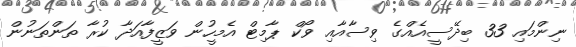
ނިންމައި 33 ބިދޭސީއެއްގެ ވިސާއާއި ވޯކް ޕާމިޓް އެމީހުން ވަޒީފާއަދާ ކުރާ ތަންތަނުން